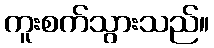
ကူးစက်သွားသည်။